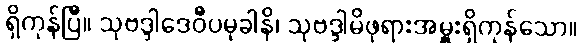
ရှိကုန်ပြီ။ သုဗဒ္ဒါဒေဝီပမုခါနိ၊ သုဗဒ္ဒါမိဖုရားအမှူးရှိကုန်သော။